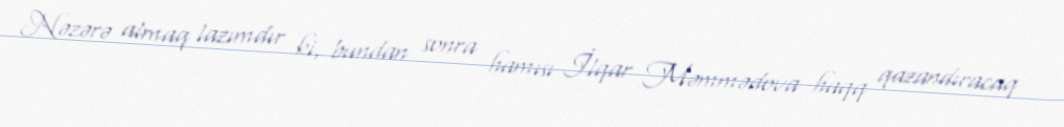
Nəzərə almaq lazımdır ki, bundan sonra hamısı İlqar Məmmədova haqq qazandıracaq